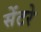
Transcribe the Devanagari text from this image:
सेंटरे